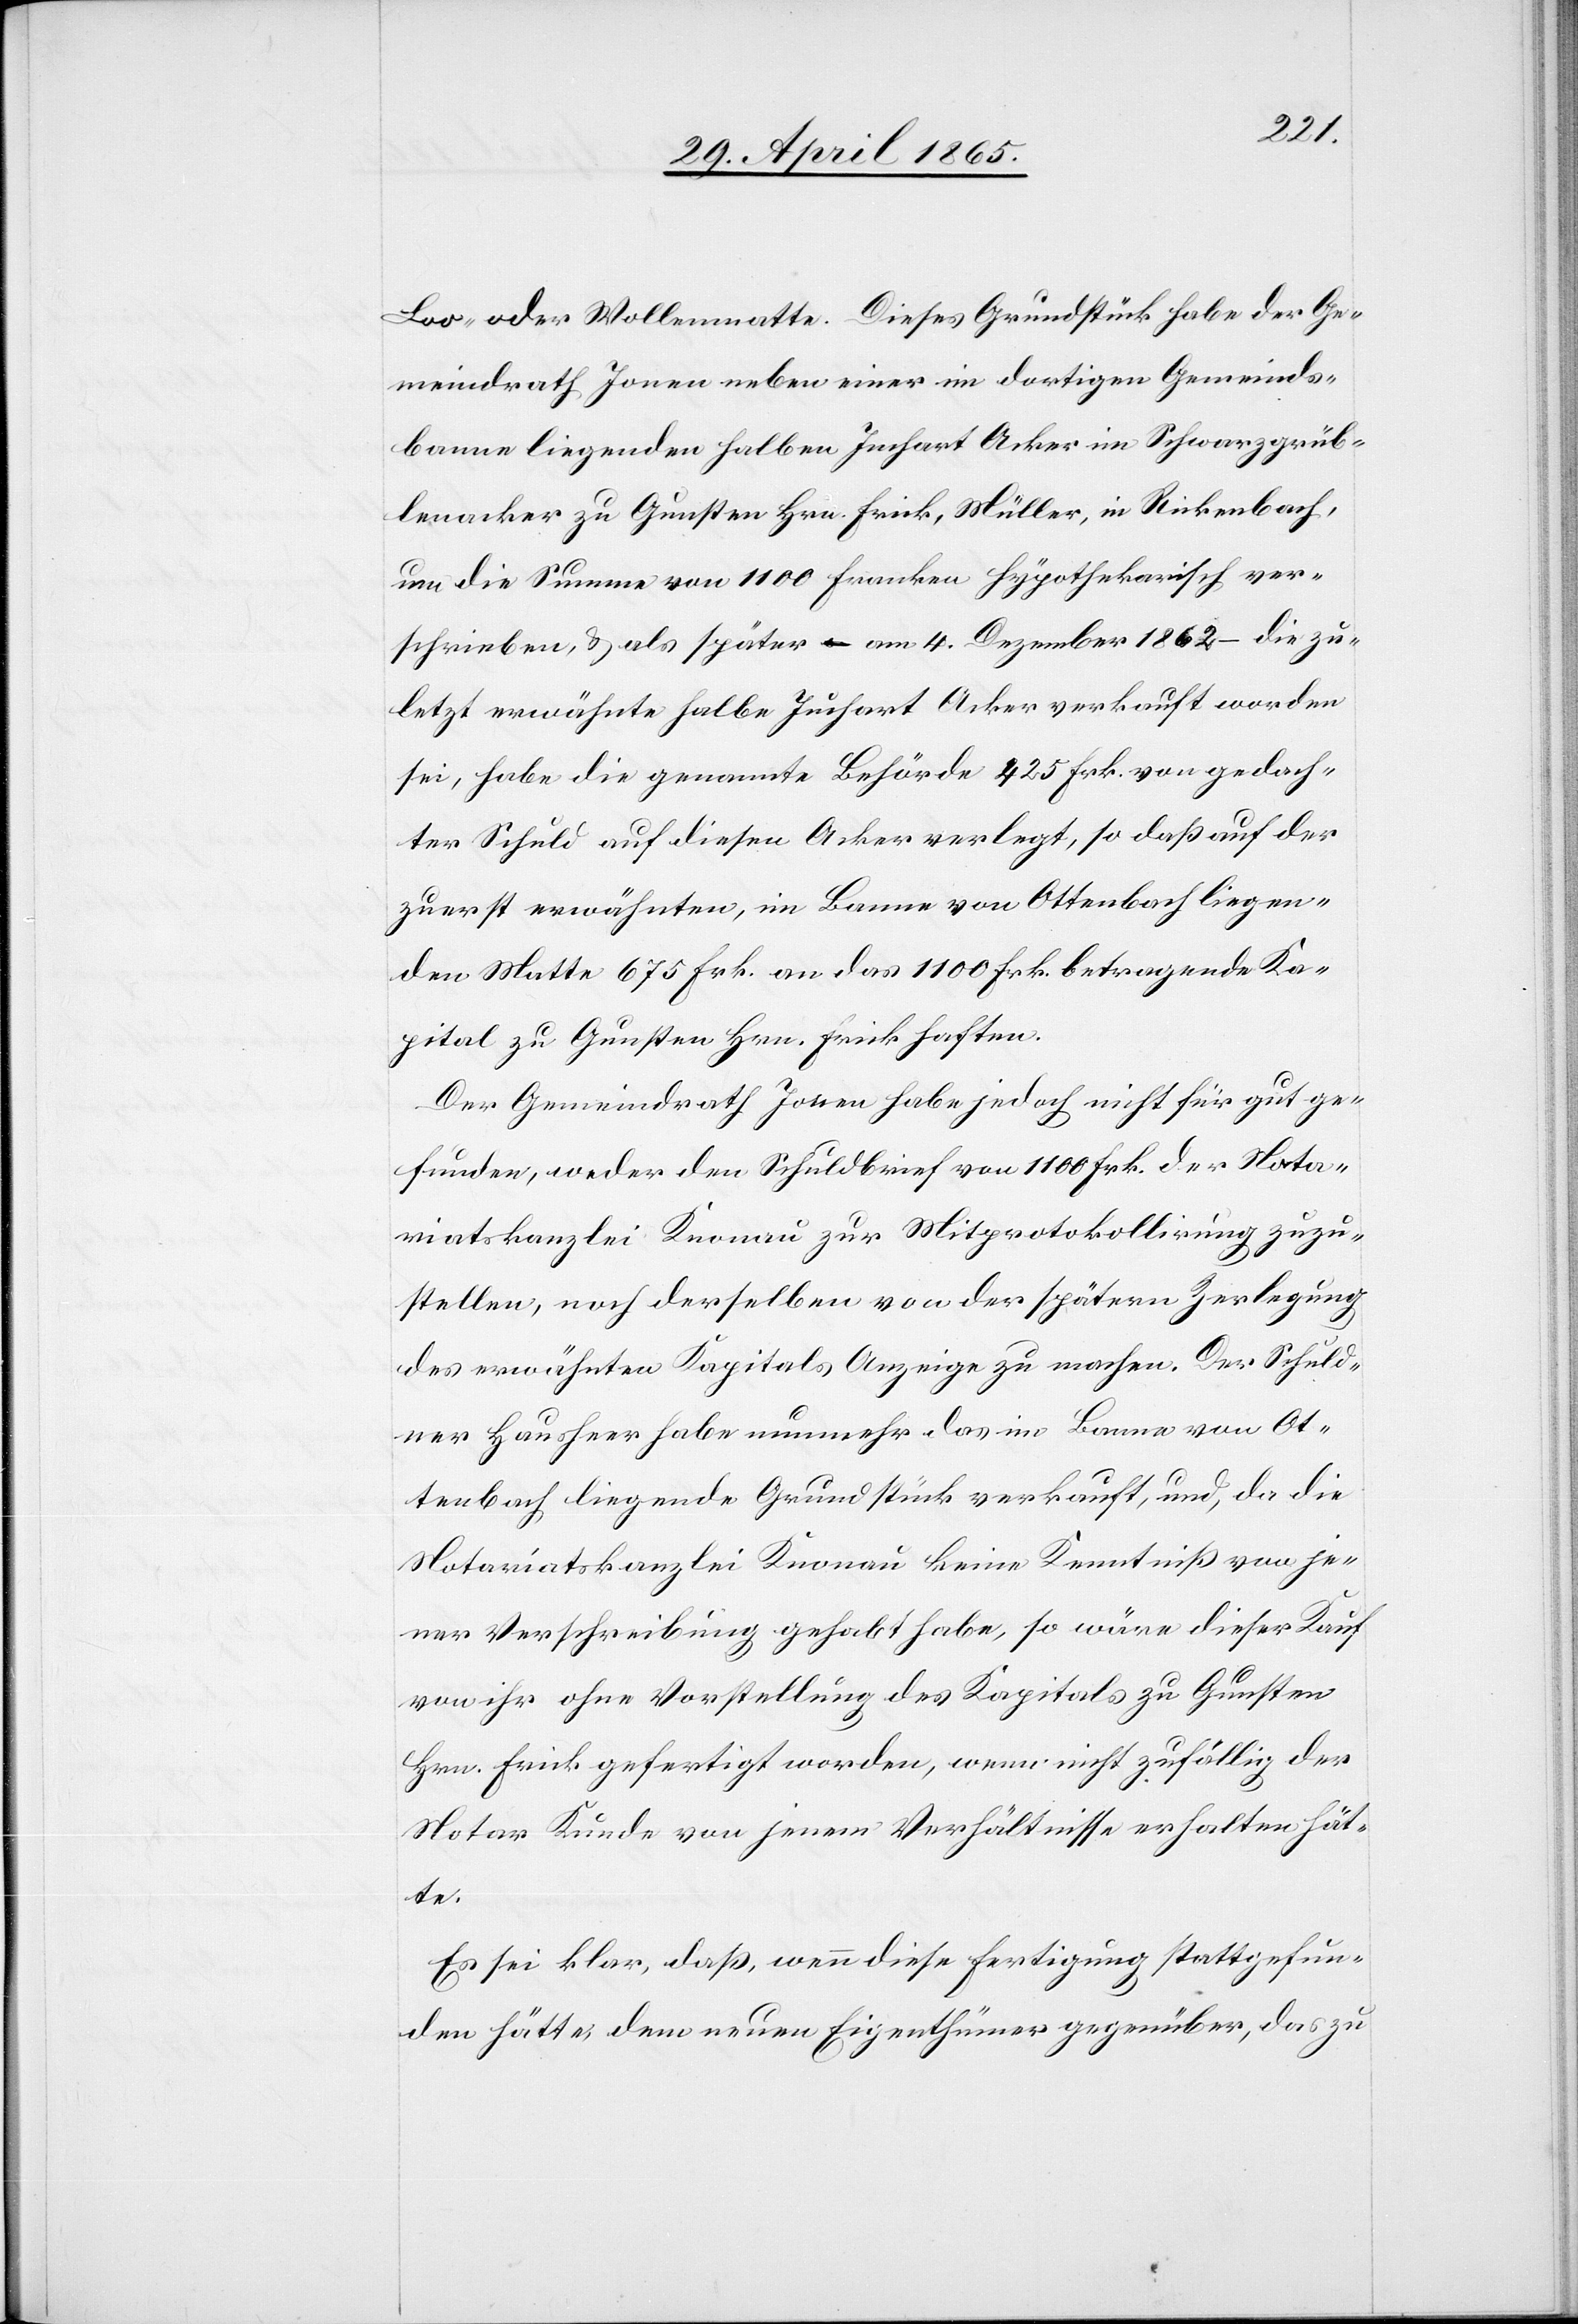
Loo- oder Wollenmatte. Dieses Grundstück habe der Ge¬
meindrath Jonen neben einer im dortigen Gemeinds¬
banne liegenden halben Juchart Acker im Schwarzgrüb¬
lenacker zu Gunsten Hrn. Frick, Müller, in Rickenbach,
um die Summe von 1100 Franken Hypothekarisch ver¬
schrieben, & als später – am 4. Dezember 1862 – die zu¬
letzt erwähnte halbe Juchart Acker verkauft worden
sei, habe die genannte Behörde 425 Frk. von gedach¬
ter Schuld auf diesen Acker verlegt, so daß auf der
zuerst erwähnten, im Banne von Ottenbach liegen¬
den Matte 675 Frk. an das 1100 Frk. betragende Ka¬
pital zu Gunsten Hrn. Frick haften.
Der Gemeindrath Jonen habe jedoch nicht für gut ge¬
funden, weder den Schuldbrief von 1100 Frk. der Nota¬
riatskanzlei Knonau zur Mitprotokollirung zuzu¬
stellen, noch derselben von der spätern Zerlegung
des erwähnten Kapitals Anzeige zu machen. Der Schuld¬
ner Hausheer habe nunmehr das im Banne von Ot¬
tenbach liegende Grundstück verkauft, und, da die
Notariatskanzlei Knonau keine Kenntniß von je¬
ner Verschreibung gehabt habe, so wäre dieser Kauf
von ihr ohne Vorstellung des Kapitals zu Gunsten
Hrn. Frick gefertigt worden, wenn nicht zufällig der
Notar Kunde von jenem Verhältnisse erhalten hät¬
te.
Es sei klar, daß, wenn diese Fertigung stattgefun¬
den hätte, dem neuen Eigenthümer gegenüber, das zu